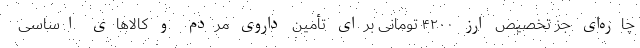
چاره‌ای جز تخصیص ارز ۴۲۰۰ تومانی برای تأمین داروی مردم و کالاهای اساسی